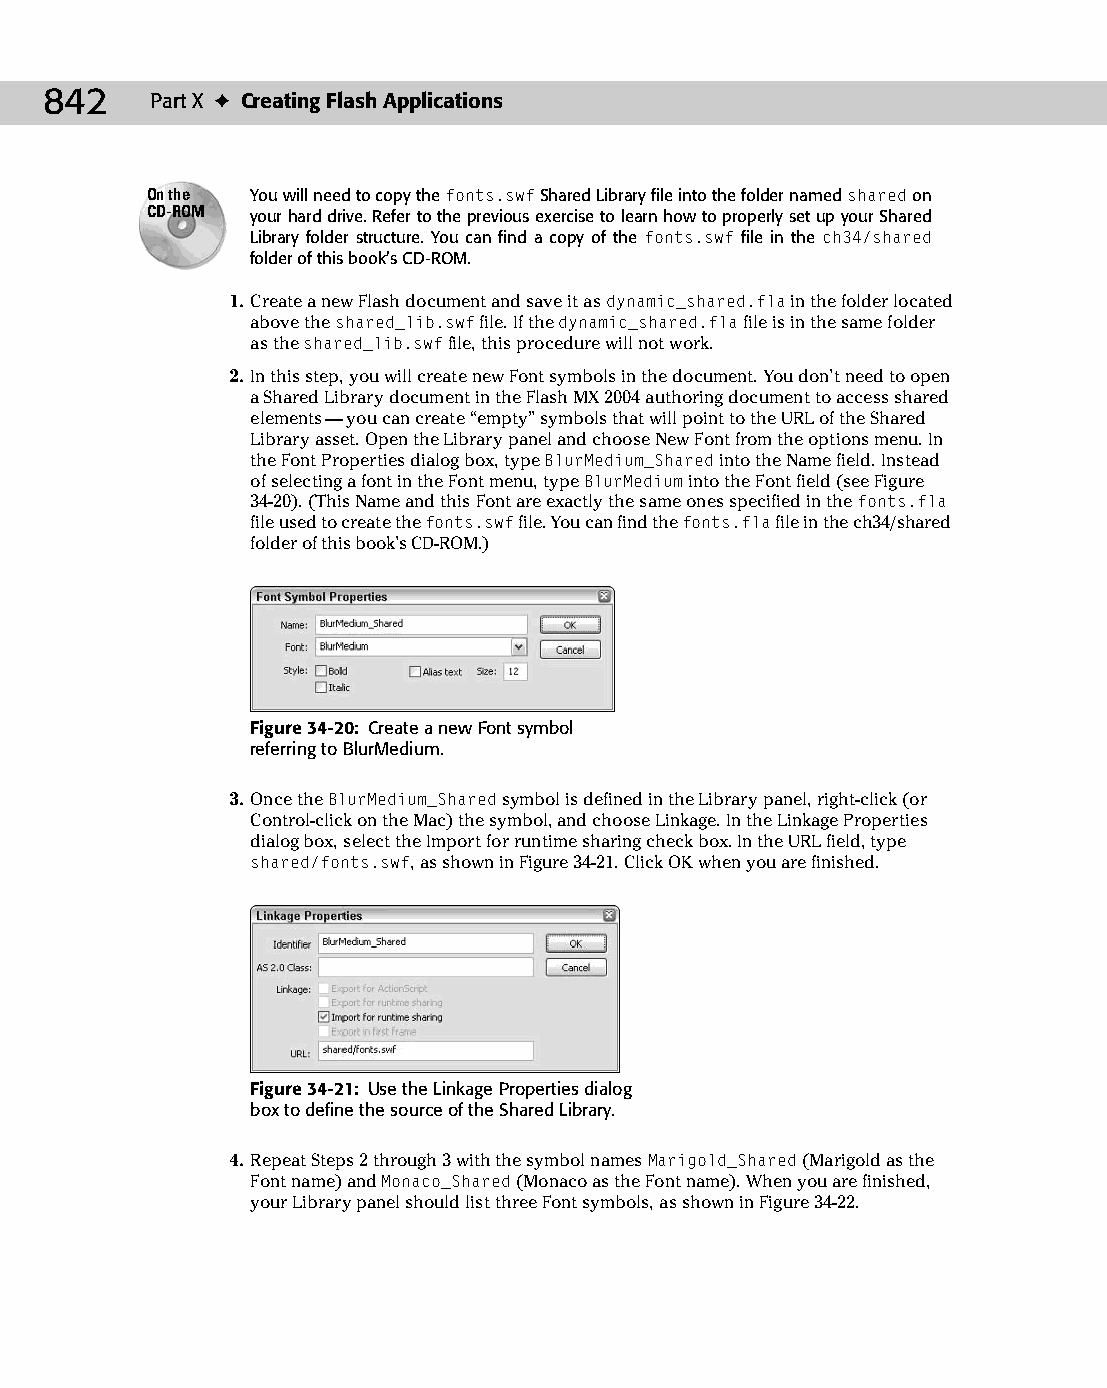
45 543547 ch34.qxd 3/24/04 4:15 PM Page 842
 842    Part X ✦ Creating Flash Applications
 On the You will need to copy the fonts.swf Shared Library file into the folder named shared on
 CD-ROM your hard drive. Refer to the previous exercise to learn how to properly set up your Shared
 Library folder structure. You can find a copy of the fonts.swf file in the ch34/shared
 folder of this book’s CD-ROM.
 1. Create a new Flash document and save it as dynamic_shared.fla in the folder located
 above the shared_lib.swf file. If the dynamic_shared.fla file is in the same folder
 as the shared_lib.swf file, this procedure will not work.
 2. In this step, you will create new Font symbols in the document. You don’t need to open
 a Shared Library document in the Flash MX 2004 authoring document to access shared
 elements — you can create “empty” symbols that will point to the URL of the Shared
 Library asset. Open the Library panel and choose New Font from the options menu. In
 the Font Properties dialog box, type BlurMedium_Shared into the Name field. Instead
 of selecting a font in the Font menu, type BlurMedium into the Font field (see Figure
 34-20). (This Name and this Font are exactly the same ones specified in the fonts.fla
 file used to create the fonts.swf file. You can find the fonts.fla file in the ch34/shared
 folder of this book’s CD-ROM.)
 Figure 34-20: Create a new Font symbol
 referring to BlurMedium.
 3. Once the BlurMedium_Shared symbol is defined in the Library panel, right-click (or
 Control-click on the Mac) the symbol, and choose Linkage. In the Linkage Properties
 dialog box, select the Import for runtime sharing check box. In the URL field, type
 shared/fonts.swf, as shown in Figure 34-21. Click OK when you are finished.
 Figure 34-21: Use the Linkage Properties dialog
 box to define the source of the Shared Library.
 4. Repeat Steps 2 through 3 with the symbol names Marigold_Shared (Marigold as the
 Font name) and Monaco_Shared (Monaco as the Font name). When you are finished,
 your Library panel should list three Font symbols, as shown in Figure 34-22.